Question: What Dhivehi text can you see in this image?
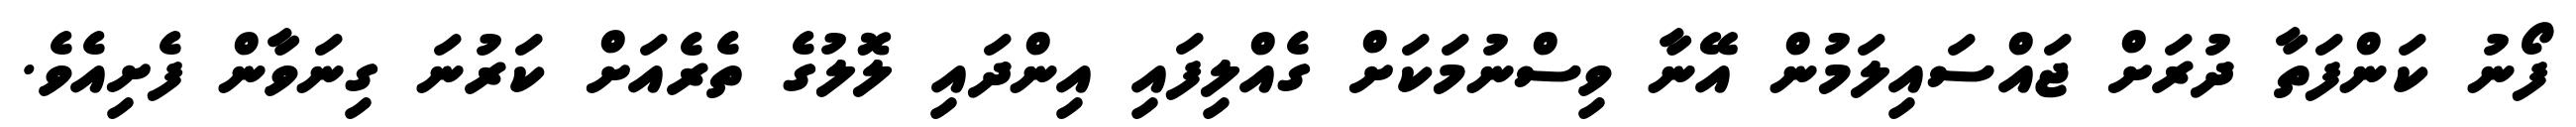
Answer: ފޯނު ކަންފަތާ ދުރަށް ޖައްސައިލަމުން އޭނާ ވިސްނުމަކަށް ގެއްލިފައި އިންދައި ލޮލުގެ ތެރެއަށް ކަރުނަ ގިނަވާން ފެށިއެވެ.